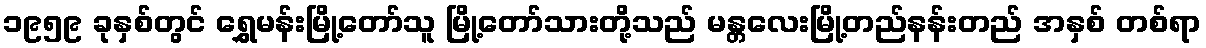
၁၉၅၉ ခုနှစ်တွင် ရွှေမန်းမြို့တော်သူ မြို့တော်သားတို့သည် မန္တလေးမြို့တည်နန်းတည် အနှစ် တစ်ရာ